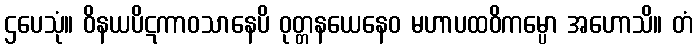
ဌပေသုံ။ ဝိနယပိဋကာဝသာနေပိ ဝုတ္တနယေနေဝ မဟာပထဝိကမ္ပော အဟောသိ။ တံ